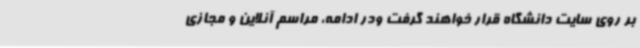
بر روی سایت دانشگاه قرار خواهند گرفت ودر ادامه، مراسم آنلاین و مجازی